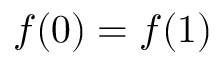
f ( 0 ) = f ( 1 )